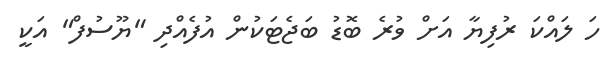
ހަ ލައްކަ ރުފިޔާ އަށް ވުރެ ބޮޑު ބަޖެޓަކުން އުފެއްދި "ޔޫސުފް" އަކީ